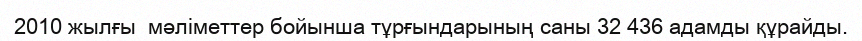
2010 жылғы  мәліметтер бойынша тұрғындарының саны 32 436 адамды құрайды.